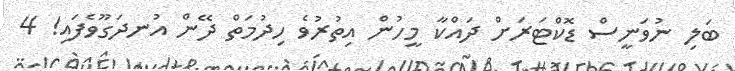
ބަލި ނުވަނީސް ޑޮކްޓަރަށް ދައްކާ މީހުން އިތުރުވެ ހިދުމަތް ދޭން އުނދަގޫވެފައި! 4